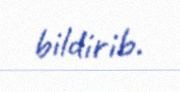
bildirib.